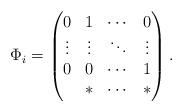
LaTeX: \begin{align*}\Phi_i=\begin{pmatrix} 0 & 1 & \cdots & 0 \\\vdots & \vdots & \ddots & \vdots \\0 & 0 & \cdots & 1\\* & * & \cdots & *\end{pmatrix}.\end{align*}